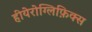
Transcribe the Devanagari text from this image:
हीयेरोग्लिफ़िक्स